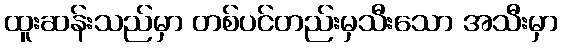
ထူးဆန်းသည်မှာ တစ်ပင်တည်းမှသီးသော အသီးမှာ